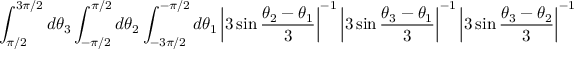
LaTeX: \int _ { \pi / 2 } ^ { 3 \pi / 2 } d \theta _ { 3 } \int _ { - \pi / 2 } ^ { \pi / 2 } d \theta _ { 2 } \int _ { - 3 \pi / 2 } ^ { - \pi / 2 } d \theta _ { 1 } \left| 3 \sin \frac { \theta _ { 2 } - \theta _ { 1 } } { 3 } \right| ^ { - 1 } \left| 3 \sin \frac { \theta _ { 3 } - \theta _ { 1 } } { 3 } \right| ^ { - 1 } \left| 3 \sin \frac { \theta _ { 3 } - \theta _ { 2 } } { 3 } \right| ^ { - 1 } = \frac { \pi ^ { 2 } } { 3 } .